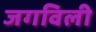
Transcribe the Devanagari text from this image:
जगविली